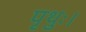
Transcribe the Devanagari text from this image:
पृथुः।